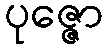
ပုဇ္ဇော